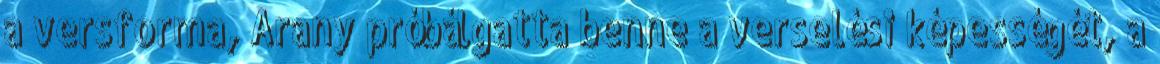
a versforma, Arany próbálgatta benne a verselési képességét, a